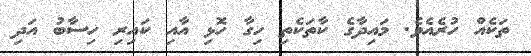
ތަކެއް ހުރެއެވެ. މައިދާގެ ކާތަކެތި ހިގާ ހޮޅި އާއި ކައިރި ހިސާބު އަދި